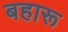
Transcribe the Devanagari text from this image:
बहारू